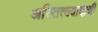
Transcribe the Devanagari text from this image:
अस्तित्ववादाची